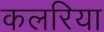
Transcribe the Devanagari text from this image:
कलरिया